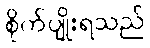
စိုက်ပျိုးရသည်